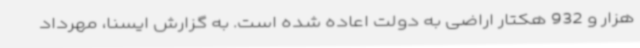
هزار و 932 هکتار اراضی به دولت اعاده شده است. به گزارش ایسنا، مهرداد